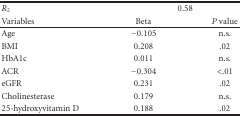
| R2 | <COLSPAN=2> 0.58 |
 | Variables | Beta | P value |
 | --- | --- | --- |
 | Age | −0.105 | n.s. |
 | BMI | 0.208 | .02 |
 | HbA1c | 0.011 | n.s. |
 | ACR | −0.304 | <.01 |
 | eGFR | 0.231 | .02 |
 | Cholinesterase | 0.179 | n.s. |
 | 25-hydroxyvitamin D | 0.188 | .02 |